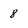
Character: 8